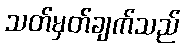
သတ်မှတ်ချက်သည်